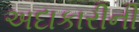
અદાકારીની